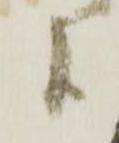
候